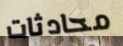
محادثات